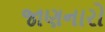
જાણનારો